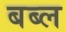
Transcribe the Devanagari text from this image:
बब्ल